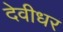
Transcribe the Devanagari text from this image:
देवीधर